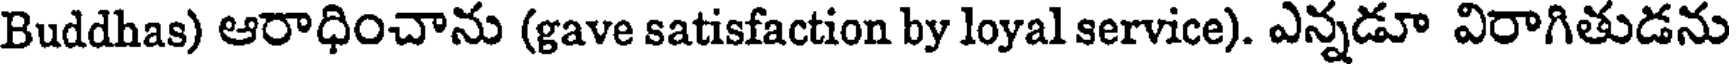
Buddhas) ఆరాధించాను (gave satisfaction by loyal service). ఎన్నడూ విరాగితుడను